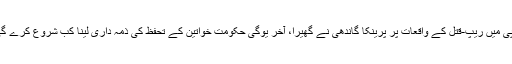
یوپی میں ریپ-قتل کے واقعات پر پرینکا گاندھی نے گھیرا، آخر یوگی حکومت خواتین کے تحفظ کی ذمہ داری لینا کب شروع کرے گی؟